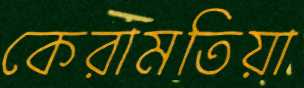
কেরামতিয়া